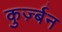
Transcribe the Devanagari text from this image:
कुर्ज़्बन